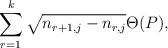
LaTeX: \begin{align*}\sum_{r=1}^k \sqrt{n_{r+1,j} - n_{r,j}} \Theta(P),\end{align*}